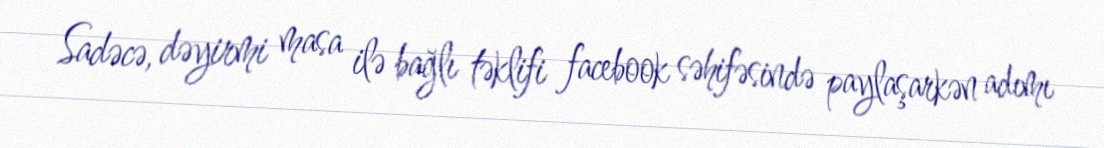
Sadəcə, dəyirmi masa ilə bağlı təklifi facebook səhifəsində paylaşarkən adımı